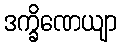
ဒက္ခိဏေယျာ